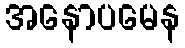
အနောပမေန